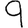
Digit: 9